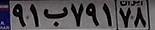
۹۱ب۷۹۱۷۸